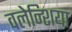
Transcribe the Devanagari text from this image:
वलेन्शिया